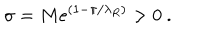
LaTeX: \sigma = M e ^ { ( 1 - \pi / \lambda _ { R } ) } > 0 ~ .